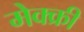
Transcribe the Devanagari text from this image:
मेक्क्री